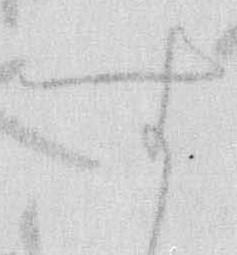
す